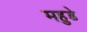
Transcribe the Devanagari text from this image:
महुडे